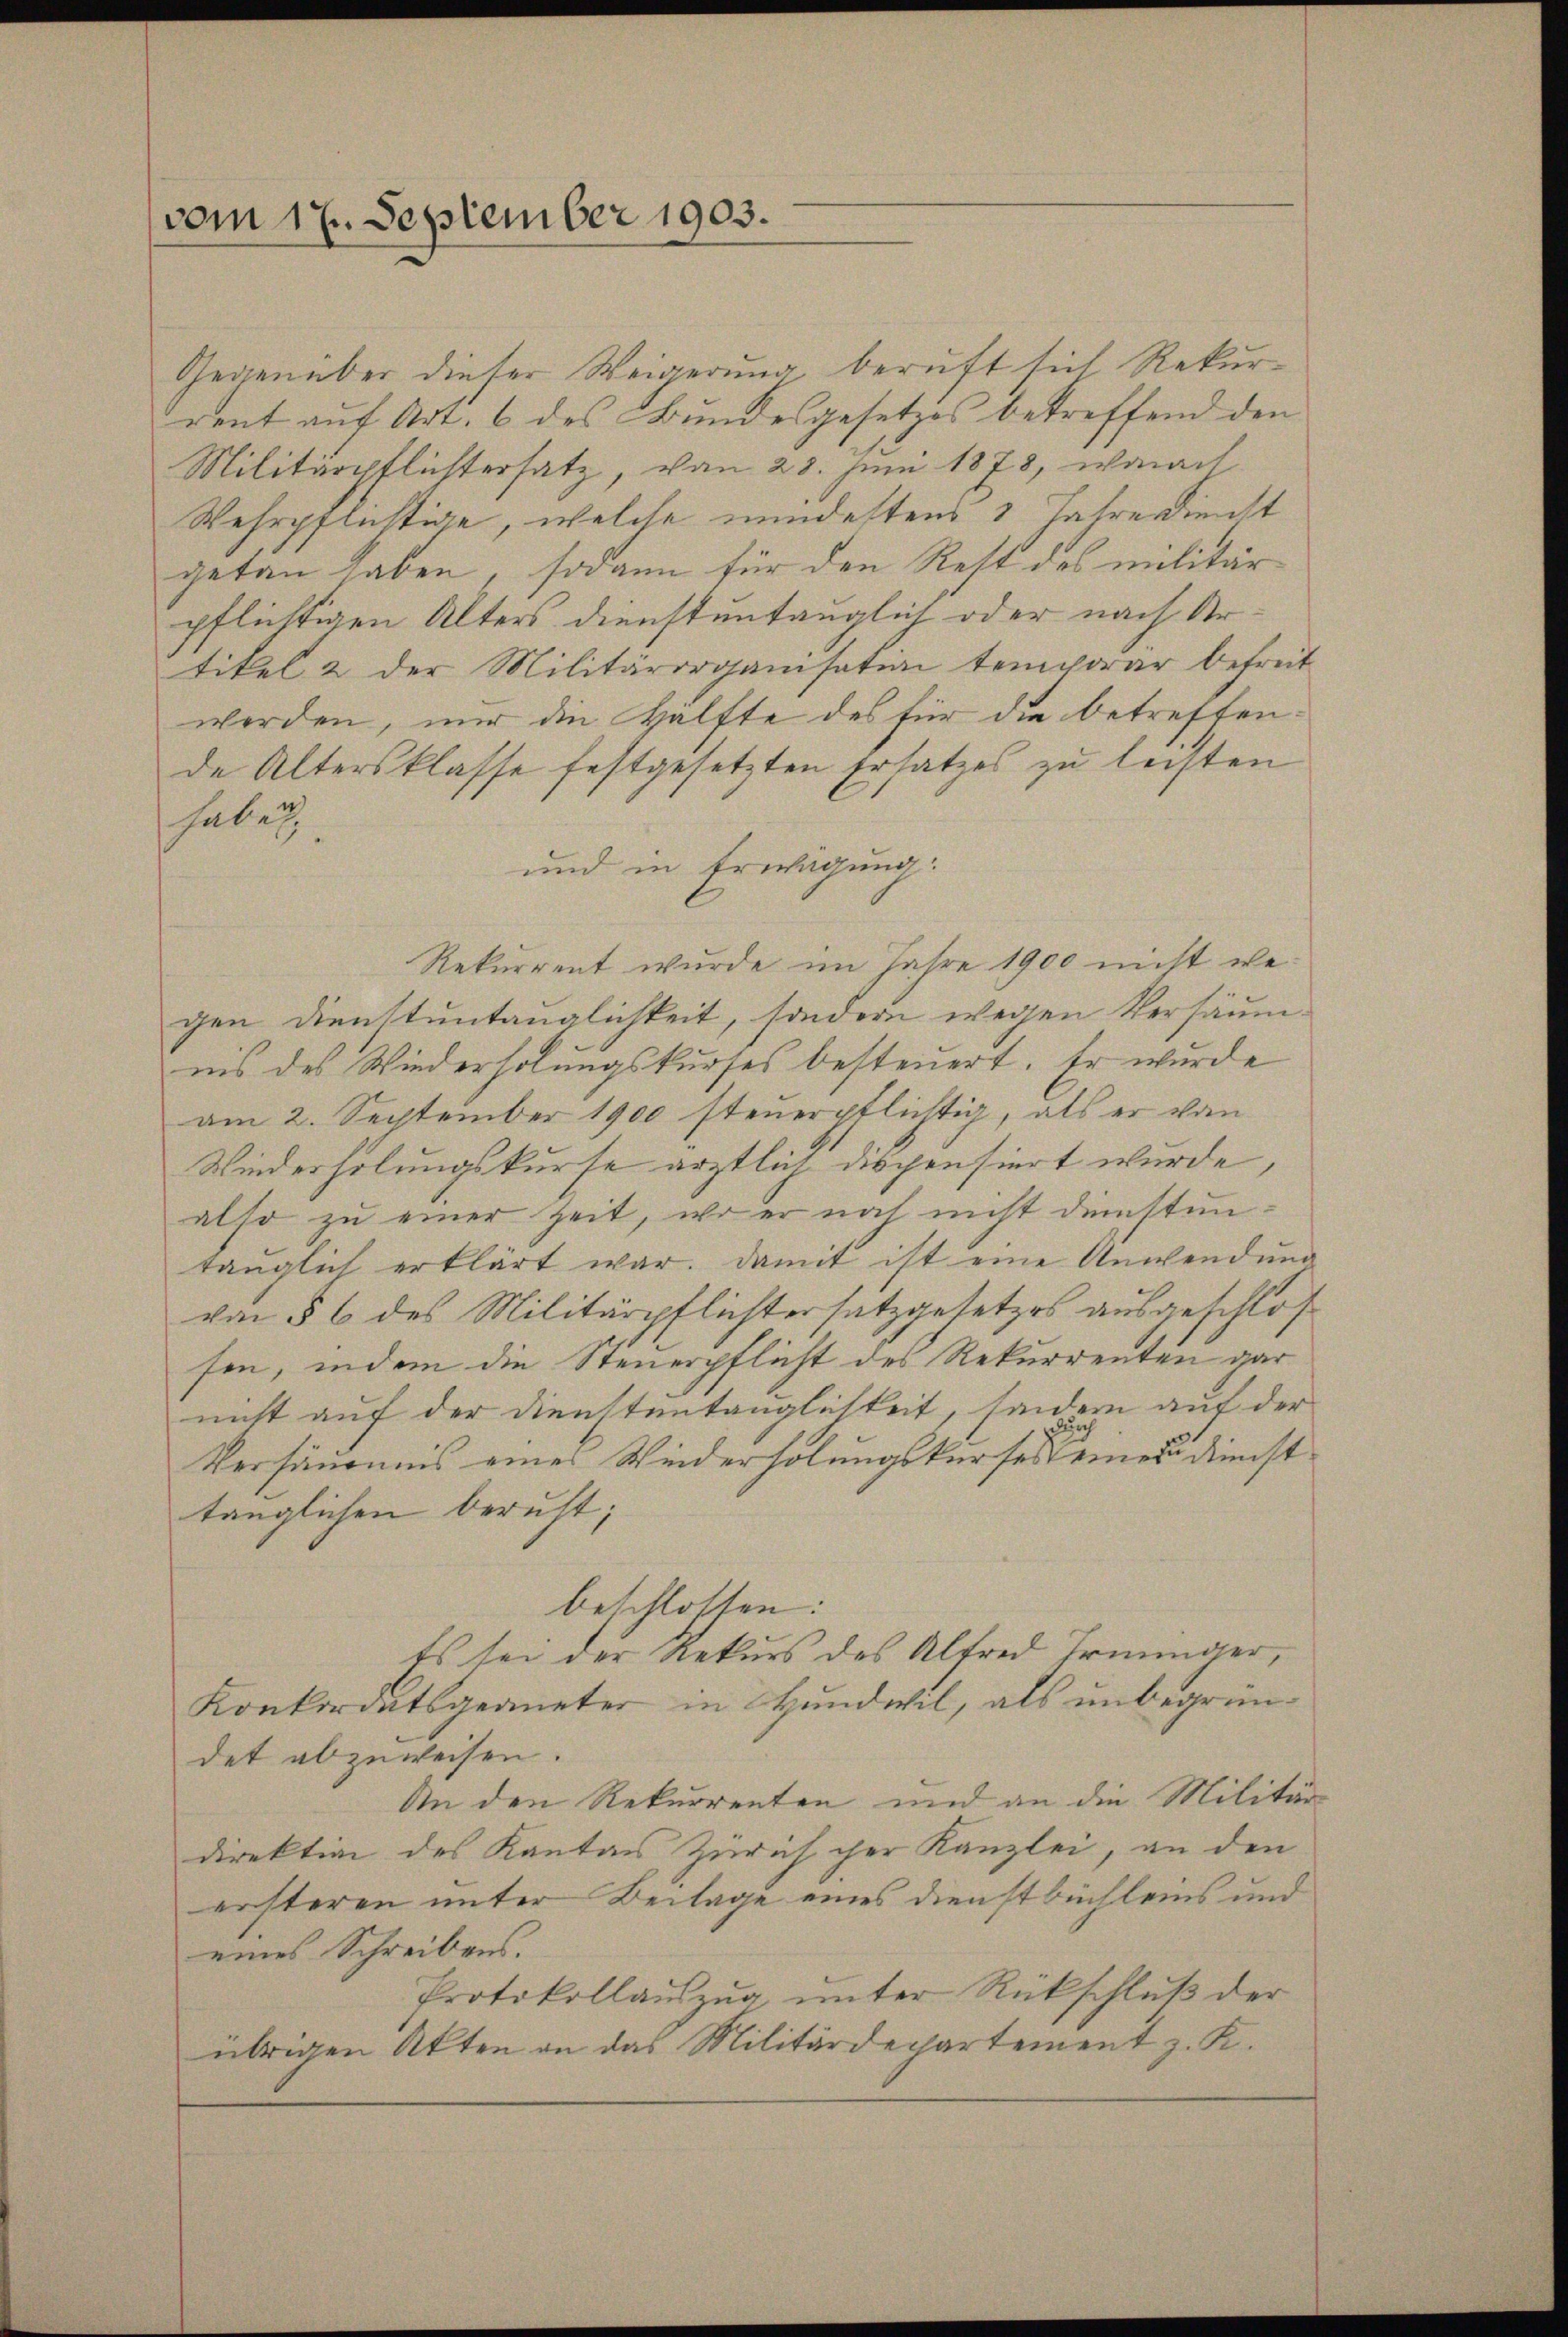
vom 17. September 1903.

Gegenüber dieser Weigerung beruft sich Rekurrent auf Art. 6 des Bundesgesetzes betreffend den
Militärpflichtersatz, von 28. Juni 1878, wonach
Wehrpflästige, welche mindestens 1 Jahre dienst
getan haben, sodann für den Rest des militärpflichtigen Alters dienstuntauglich oder nach Artikel & der Militärorganisation temporar befreit
werden, nur die Hälfte des für die betreffende Altersklasse festgesetzten Ersatzes zu leisten
haben,
und in Erwägung:
Rekurrent wurde im Jahre 1900 nicht we
gen Dienstuntauglichkeit, sondern wegen Versäumnis des Wiederholungskurses besteuert. Er wurde
am 2. September 1900 steuerpflichtig, als er von
Wiederholungskurse ärztlich dispensiert wurde,
also zu einer Zeit, wo er noch nicht dünsten
tauglich erklärt war. Damit ist eine Anwendung
von § 6 des Militärpflichtersatzgesetzes ausgeschlos
sen, indem die Steuerpflicht des Rekurrenten gar
nicht auf der Dienstentänglichkeit, sondern auf der
Versäumnis eines Wiederholungskurses eines Dienst
tänglichen beruft;
beschlossen:
Es sei der Rekurs des Alfred Irminger,
Konkordatsgegneter in Hundwil, als unbegründet abzuweisen.
An den Rekurrenten und an die Militär
direktion des Kanton Zürich her Kanzlei, an den
ersteren unter Beilage eines Dienstbüchleins und
eines Schreibens.
Protokollauszug, unter Rückschluß der
übrigen Akten an das Militärdepartement z. K.